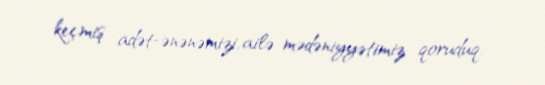
keçmiş adət-ənənəmizi, ailə mədəniyyətimiz qoruduq.